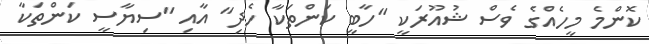
ކޮންމެ މީހެއްގެ ވެސް ޝުއޫރަކީ "ހާބީ ކަންތަކާ ހެދި" އާއި "ސިޔާސީ ކަންތަކާ